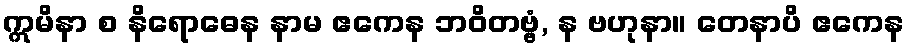
ဣမိနာ စ နိရောဓေန နာမ ဧကေန ဘဝိတဗ္ဗံ, န ဗဟုနာ။ တေနာပိ ဧကေန